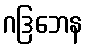
ဂဒြဘေန